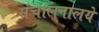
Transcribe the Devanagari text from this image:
संचालनालये